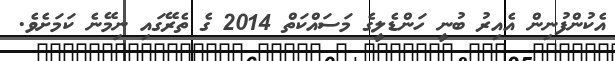
އެކުންފުނިން އެއިރު ބުނީ ހަންޑެލީގެ މަސައްކަތް 2014 ގެ ތެރޭގައި ނިމޭނެ ކަމަށެވެ.